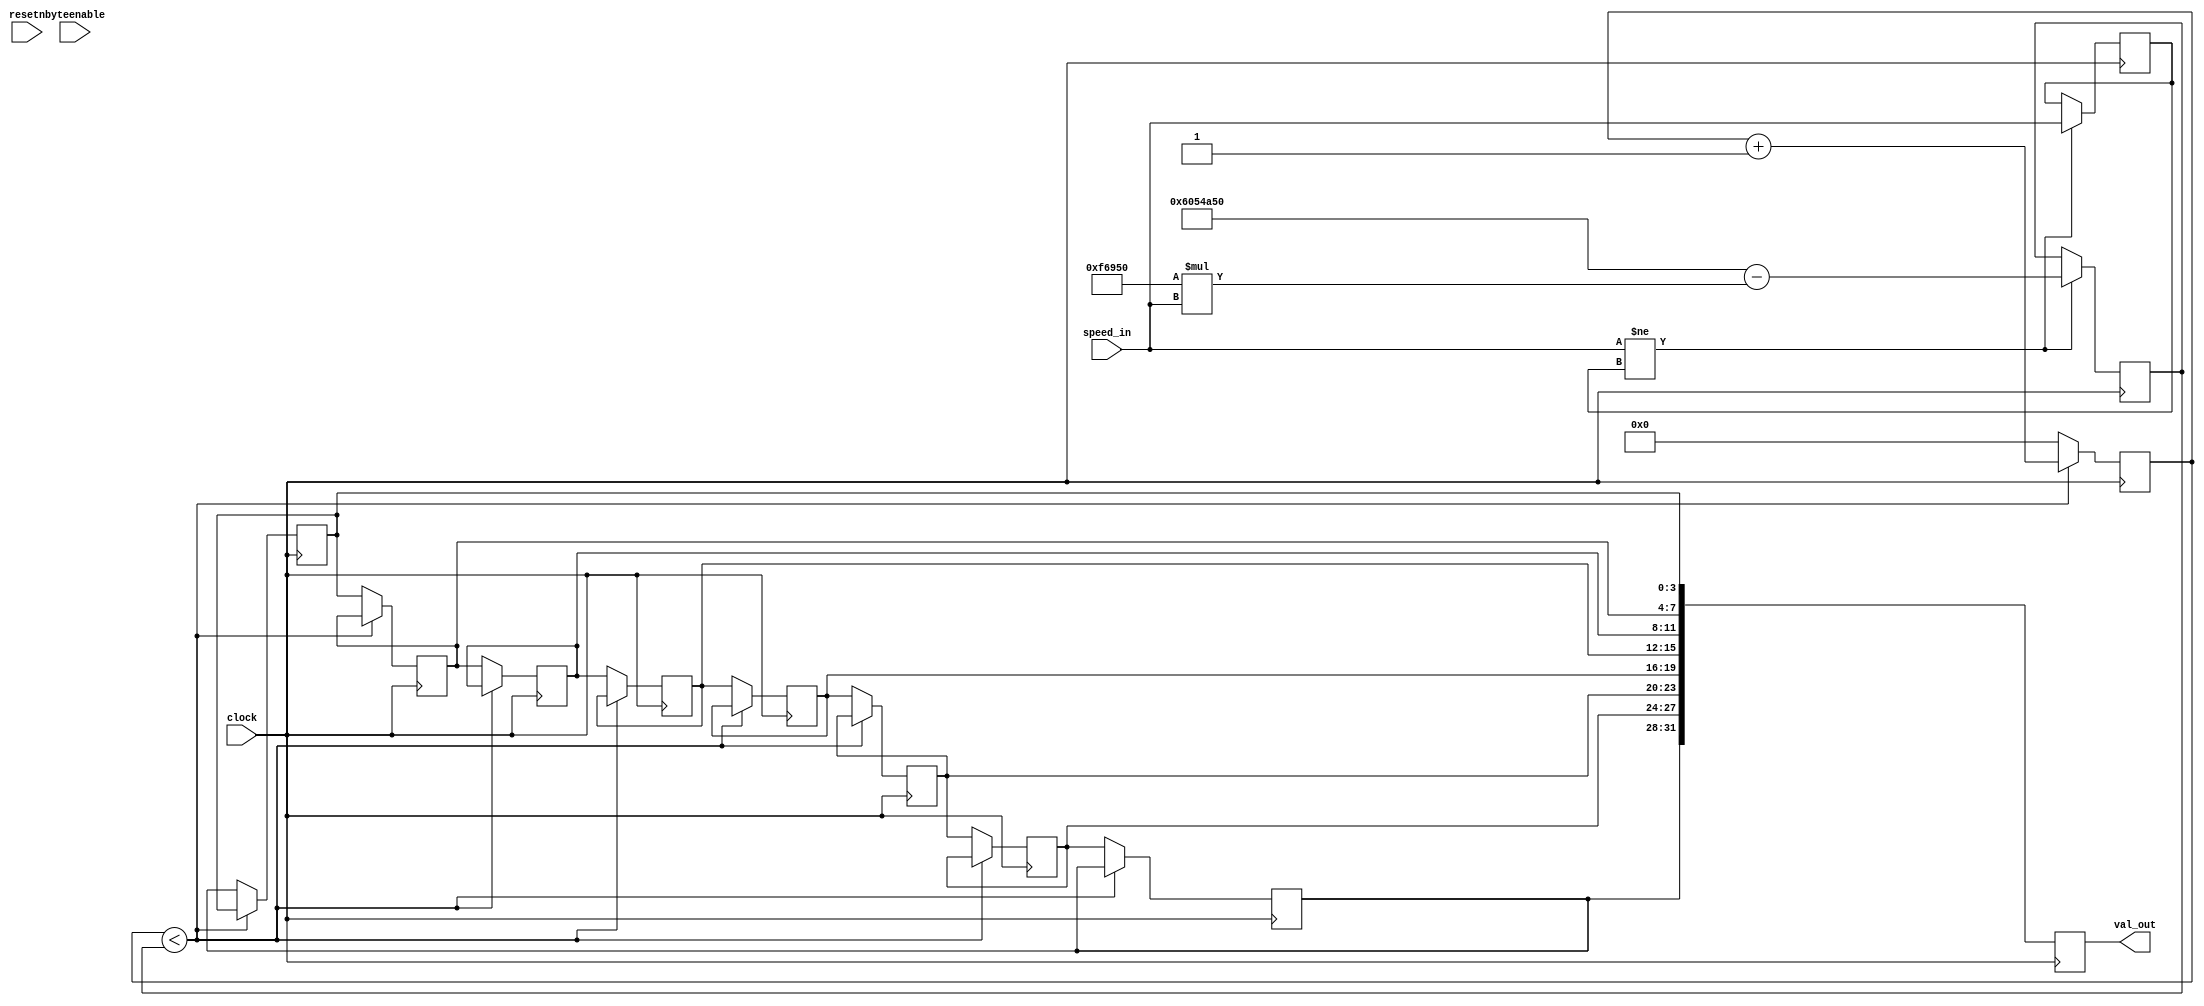
module scrolling (clock, resetn, byteenable, speed_in, val_out);

	// ==== I/O List
	input clock, resetn;
	input [31:0] speed_in;
	output reg [31:0] val_out;
	input [3:0] byteenable;

	// ==== Variables
	reg [31:0] count;
	reg [31:0] speed, prev_speed;
	reg [31:0] scroll_value;
	reg [3:0] hex7, hex6, hex5, hex4, hex3, hex2, hex1, hex0;


	// ==== Initialize State
	initial begin
		prev_speed = 50;
		speed = 101010000 - 1010000*50;
		scroll_value = 2645; // A55h

		hex0 = scroll_value[3:0];
		hex1 = scroll_value[7:4];
		hex2 = scroll_value[11:8];
		hex3 = scroll_value[15:12];
		hex4 = scroll_value[19:16];
		hex5 = scroll_value[23:20];
		hex6 = scroll_value[27:24];
		hex7 = scroll_value[31:28];
		count = 0;
	end

	// ==== Main
	always @(posedge clock) begin
		if (speed_in != prev_speed) begin
			speed <= 101010000 - 1010000*speed_in;
			prev_speed <= speed_in;
		end

		if (count < speed)begin
			count <= count + 1;
		end
		else begin
			hex0 <= hex7;
			hex1 <= hex0;
			hex2 <= hex1;
			hex3 <= hex2;
			hex4 <= hex3;
			hex5 <= hex4;
			hex6 <= hex5;
			hex7 <= hex6;
			count = 0;
		end

		val_out[3:0] = hex0;
		val_out[7:4] = hex1;
		val_out[11:8] = hex2;
		val_out[15:12] = hex3;
		val_out[19:16] = hex4;
		val_out[23:20] = hex5;
		val_out[27:24] = hex6;
		val_out[31:28] = hex7;
end
endmodule